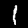
Label: 1